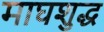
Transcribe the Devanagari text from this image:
माघशुद्ध